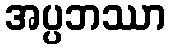
အပ္ပဘဿာ